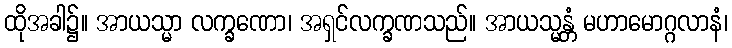
ထိုအခါ၌။ အာယသ္မာ လက္ခဏော၊ အရှင်လက္ခဏသည်။ အာယသ္မန္တံ မဟာမောဂ္ဂလာနံ၊